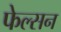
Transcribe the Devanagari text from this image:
फेल्सन